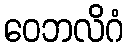
ဝေဘလိဂံ